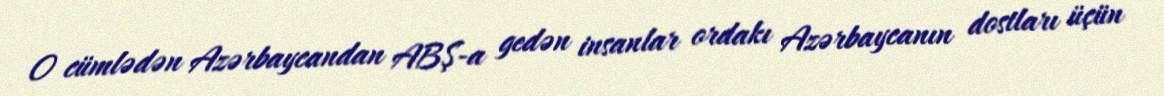
O cümlədən Azərbaycandan ABŞ-a gedən insanlar ordakı Azərbaycanın dostları üçün